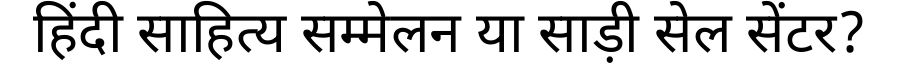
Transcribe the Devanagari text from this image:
हिंदी साहित्य सम्मेलन या साड़ी सेल सेंटर?